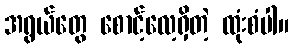
အရွယ်တွေ စောင့်လေ့ရှိတဲ့ ထုံးစံပါ။